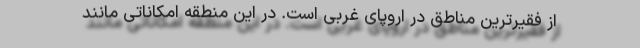
از فقیرترین مناطق در اروپای غربی است. در این منطقه امکاناتی مانند